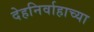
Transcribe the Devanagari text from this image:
देहनिर्वाहाच्या